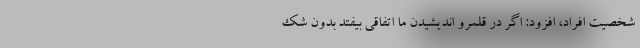
شخصیت افراد، افزود: اگر در قلمرو اندیشیدن ما اتفاقی بیفتد بدون شک